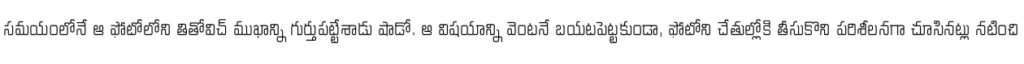
సమయంలోనే ఆ ఫోటోలోని తితోవిచ్ ముఖాన్ని గుర్తుపట్టేశాడు షాడో. ఆ విషయాన్ని వెంటనే బయటపెట్టకుండా, ఫోటోని చేతుల్లోకి తీసుకొని పరిశీలనగా చూసినట్లు నటించి